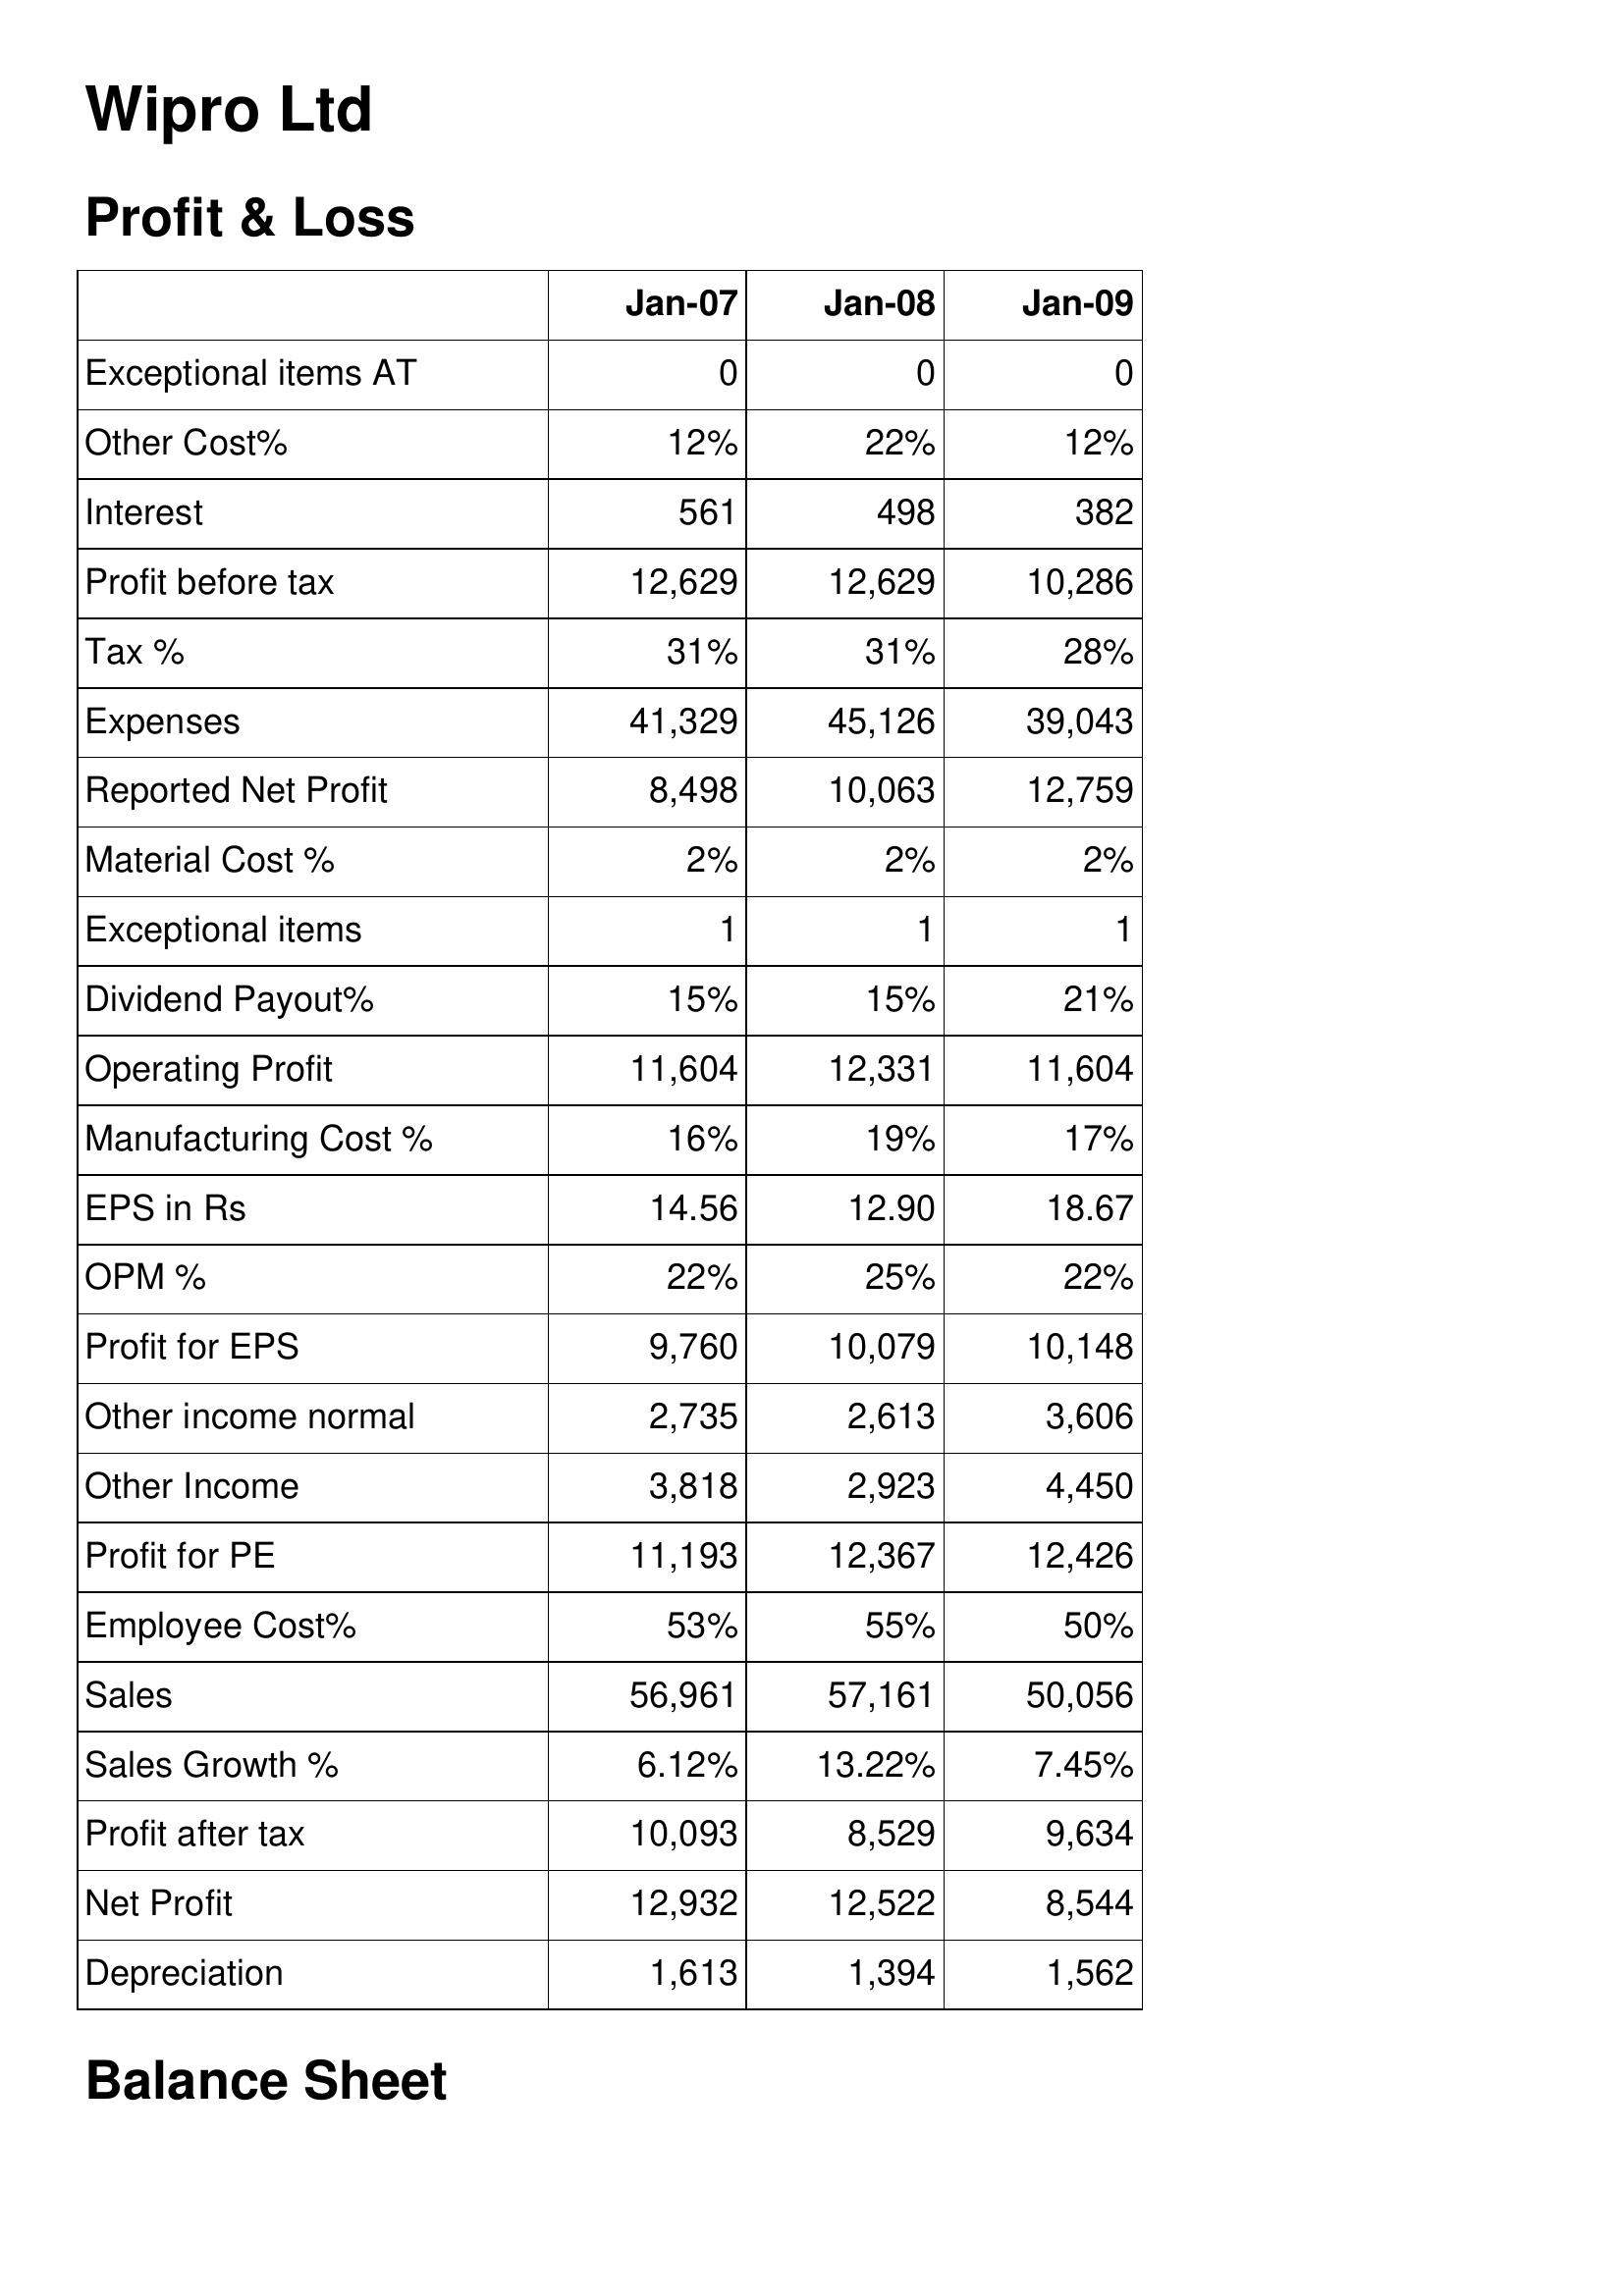
Jan-07: Profit & Loss: Exceptional items AT: 0
Other Cost%: 12%
Interest: 561
Profit before tax: 12,629
Tax %: 31%
Expenses: 41,329
Reported Net Profit: 8,498
Material Cost %: 2%
Exceptional items: 1
Dividend Payout%: 15%
Operating Profit: 11,604
Manufacturing Cost %: 16%
EPS in Rs: 14.56
OPM %: 22%
Profit for EPS: 9,760
Other income normal: 2,735
Other Income: 3,818
Profit for PE: 11,193
Employee Cost%: 53%
Sales: 56,961
Sales Growth %: 6.12%
Profit after tax: 10,093
Net Profit: 12,932
Depreciation: 1,613
Jan-08: Profit & Loss: Exceptional items AT: 0
Other Cost%: 22%
Interest: 498
Profit before tax: 12,629
Tax %: 31%
Expenses: 45,126
Reported Net Profit: 10,063
Material Cost %: 2%
Exceptional items: 1
Dividend Payout%: 15%
Operating Profit: 12,331
Manufacturing Cost %: 19%
EPS in Rs: 12.90
OPM %: 25%
Profit for EPS: 10,079
Other income normal: 2,613
Other Income: 2,923
Profit for PE: 12,367
Employee Cost%: 55%
Sales: 57,161
Sales Growth %: 13.22%
Profit after tax: 8,529
Net Profit: 12,522
Depreciation: 1,394
Jan-09: Profit & Loss: Exceptional items AT: 0
Other Cost%: 12%
Interest: 382
Profit before tax: 10,286
Tax %: 28%
Expenses: 39,043
Reported Net Profit: 12,759
Material Cost %: 2%
Exceptional items: 1
Dividend Payout%: 21%
Operating Profit: 11,604
Manufacturing Cost %: 17%
EPS in Rs: 18.67
OPM %: 22%
Profit for EPS: 10,148
Other income normal: 3,606
Other Income: 4,450
Profit for PE: 12,426
Employee Cost%: 50%
Sales: 50,056
Sales Growth %: 7.45%
Profit after tax: 9,634
Net Profit: 8,544
Depreciation: 1,562